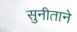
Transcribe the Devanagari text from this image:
सुनीताने